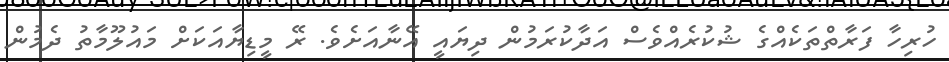
ހުރިހާ ފަރާތްތަކެއްގެ ޝުކުރެއްވެސް އަދާކުރަމުން ދިޔައީ އޭނާއަށެވެ. ރޭ މީޑިޔާއަކަށް މައުލޫމާތު ދެމުން